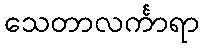
သေတာလင်္ကာရာ